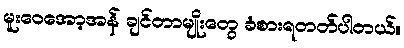
မူးဝေအော့အန် ချင်တာမျိုးတွေ ခံစားရတတ်ပါတယ်။